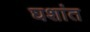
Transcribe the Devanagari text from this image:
घशांत